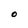
Character: O